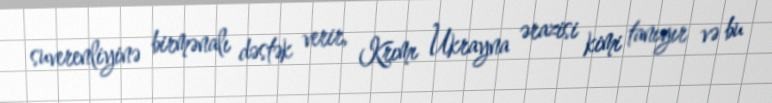
suverenliyinə birmənalı dəstək verir, Krımı Ukrayna ərazisi kimi tanıyır və bu